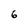
Character: 6